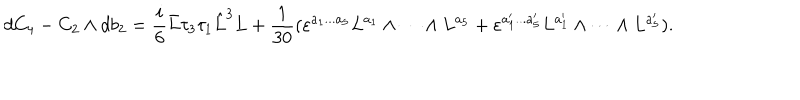
d C _ { 4 } - C _ { 2 } \wedge d b _ { 2 } = \frac { i } { 6 } \bar { L } \tau _ { 3 } \tau _ { 1 } \hat { L } ^ { 3 } L + \frac { 1 } { 3 0 } ( \varepsilon ^ { a _ { 1 } . . . a _ { 5 } } L ^ { a _ { 1 } } \wedge \cdots \wedge L ^ { a _ { 5 } } + \varepsilon ^ { a _ { 1 } ^ { \prime } . . . a _ { 5 } ^ { \prime } } L ^ { a _ { 1 } ^ { \prime } } \wedge \cdots \wedge L ^ { a _ { 5 } ^ { \prime } } ) .